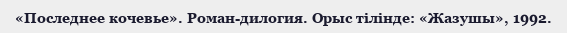
«Последнее кочевье». Роман-дилогия. Орыс тілінде: «Жазушы», 1992.